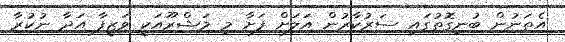
އެތަނުން ބުނިގޮތުގައި ސަރުކާރުން އަލަށް ފަށާ މި މަޝްރޫއަކީ ވަޒީފާ އަދާ ނުކުރާ